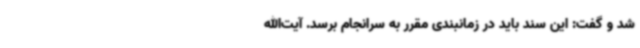
شد و گفت: این سند باید در زمانبندی مقرر به سرانجام برسد. آیت‌الله